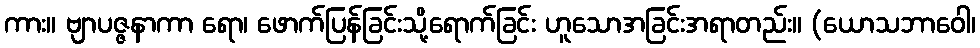
ကား။ ဗျာပဇ္ဇနာကာ ရော၊ ဖောက်ပြန်ခြင်းသို့ရောက်ခြင်း ဟူသောအခြင်းအရာတည်း။ (ယောသဘာဝေါ၊